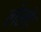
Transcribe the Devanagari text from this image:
लेखे।